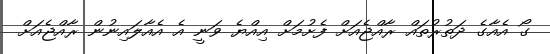
ގޯ އެއާގެ ދަތުރުތައް ރާއްޖެއަށް ފެށުމަށް އިއްޔެ ވަނީ އެ އެއާލައިނުން ރާއްޖެއަށް